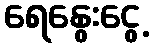
ရေနွေးငွေ့